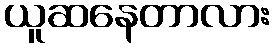
ယူဆနေတာလား